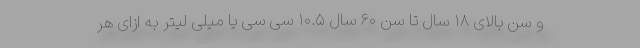
و سن بالای ۱۸ سال تا سن ۶۰ سال ۱۰.۵ سی سی یا میلی لیتر به ازای هر